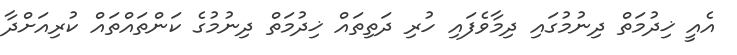
އެއީ ޚިދުމަތް ދިނުމުގައި ދިމާވެފައި ހުރި ދަތިތައް ޚިދުމަތް ދިނުމުގެ ކަންތައްތައް ކުރިއަށްދާ